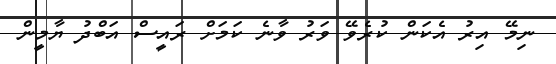
ނިމޭ އިރު އެކަން ކުރެވޭ ވަރު ވާނެ ކަމަށް ރައީސް އަބްދު ޔާމީން